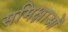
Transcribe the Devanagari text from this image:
समिक्षाओं